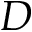
D